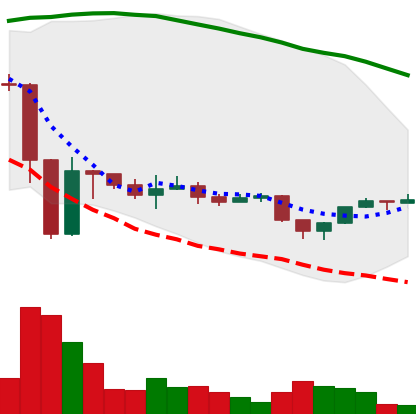
Ticker: ETH-USD
Chart end date: 2022-11-26
Forward return: 5.836%
Label: up_5_7